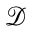
\mathcal { D }